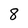
Character: 8